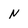
Character: N